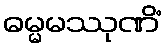
ဓမ္မမဿုဏိံ